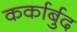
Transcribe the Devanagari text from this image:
कर्कार्बुद